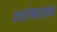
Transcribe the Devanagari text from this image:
दर्शनास्थ